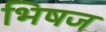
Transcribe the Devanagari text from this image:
भिषज